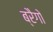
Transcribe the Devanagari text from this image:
ब्रैगो